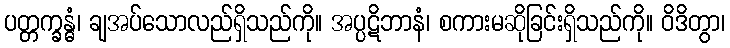
ပတ္တက္ခန္ဓံ၊ ချအပ်သောလည်ရှိသည်ကို။ အပ္ပဋိဘာနံ၊ စကားမဆိုခြင်းရှိသည်ကို။ ဝိဒိတွာ၊